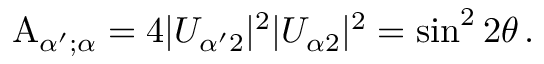
{ \mathrm A } _ { \alpha ^ { \prime } ; \alpha } = 4 | U _ { { \alpha ^ { \prime } } 2 } | ^ { 2 } | U _ { { \alpha } 2 } | ^ { 2 } = \sin ^ { 2 } 2 \theta \, .